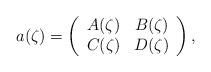
LaTeX: \begin{align*}a(\zeta) = \left( \begin{array}{cc}A(\zeta) & B(\zeta) \\C(\zeta) & D(\zeta)\end{array} \right),\end{align*}